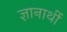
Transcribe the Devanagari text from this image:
ज्ञानार्थी